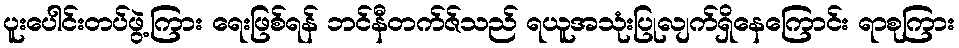
ပူးပေါင်းတပ်ဖွဲ့ကြား ရေးဖြစ်ရန် ဘင်နီတက်ဇ်သည် ရယူအသုံးပြုလျက်ရှိနေကြောင်း ရာစုကြား